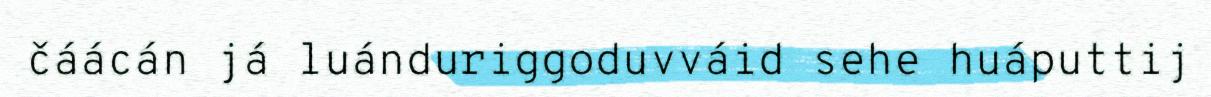
čáácán já luánduriggoduvváid sehe huáputtij